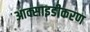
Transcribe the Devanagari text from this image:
आक्साइडीकरण